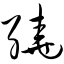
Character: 绕